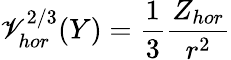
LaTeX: {\cal\mathscr{V}}_{hor}^{2/3}(Y)={\frac{{1}}{{3}}}{\frac{{Z_{hor}}}{{r^{2}}}}